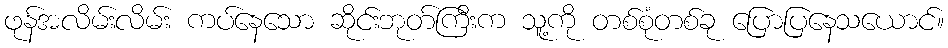
ဖုန်အလိမ်းလိမ်း ကပ်နေသော ဆိုင်းဘုတ်ကြီးက သူ့ကို တစ်စုံတစ်ခု ပြောပြနေသယောင်။